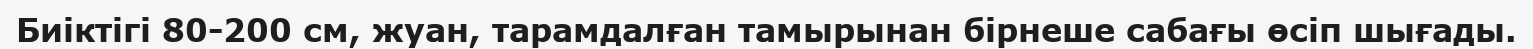
Биіктігі 80-200 см, жуан, тарамдалған тамырынан бірнеше сабағы өсіп шығады.